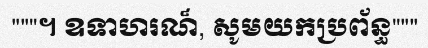
"""។ ឧទាហរណ៏, សូមយកប្រព័ន្ធ"""